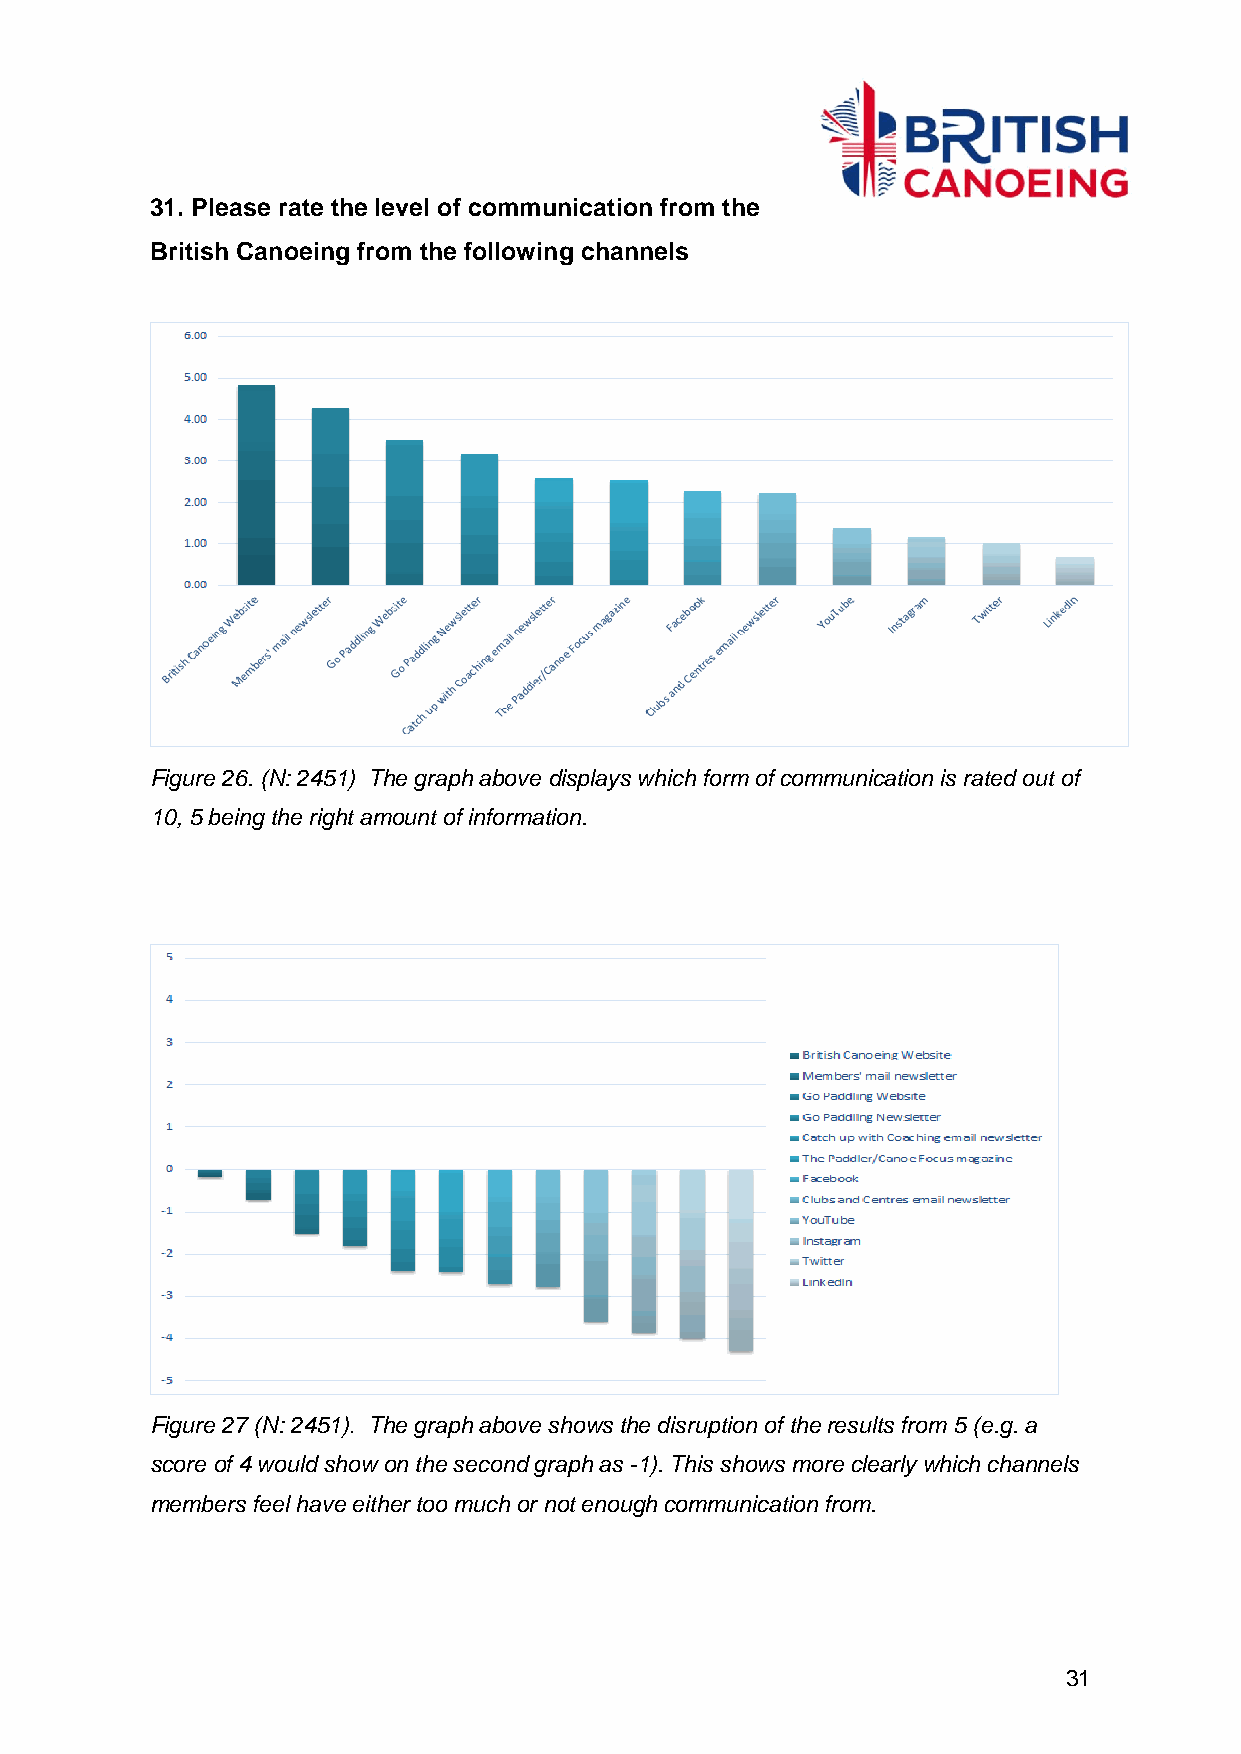
31. Please rate the level of communication from the
 British Canoeing from the following channels
 Figure 26. (N: 2451) The graph above displays which form of communication is rated out of
 10, 5 being the right amount of information.
 Figure 27 (N: 2451). The graph above shows the disruption of the results from 5 (e.g. a
 score of 4 would show on the second graph as -1). This shows more clearly which channels
 members feel have either too much or not enough communication from.
 31